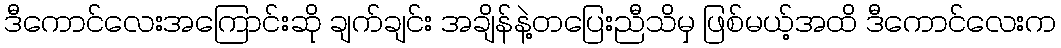
ဒီကောင်လေးအကြောင်းဆို ချက်ချင်း အချိန်နဲ့တပြေးညီသိမှ ဖြစ်မယ့်အထိ ဒီကောင်လေးက